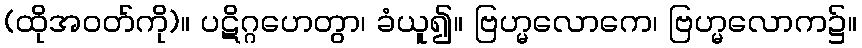
(ထိုအဝတ်ကို)။ ပဋိဂ္ဂဟေတွာ၊ ခံယူ၍။ ဗြဟ္မလောကေ၊ ဗြဟ္မလောက၌။